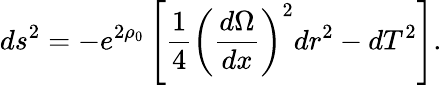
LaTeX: ds^{2}=-e^{2\rho_{0}}\left[\frac{1}{4}\left(\frac{d\Omega}{dx}\right)^{2}dr^{2}-dT^{2}\right].